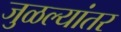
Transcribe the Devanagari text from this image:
जुळल्यांतर